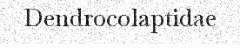
Dendrocolaptidae